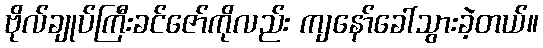
ဗိုလ်ချုပ်ကြီးခင်ဇော်ကိုလည်း ကျနော်ခေါ်သွားခဲ့တယ်။